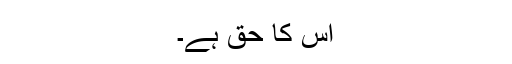
اس کا حق ہے۔